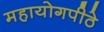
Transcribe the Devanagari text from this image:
महायोगपीठे